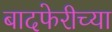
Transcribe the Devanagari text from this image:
बादफेरीच्या